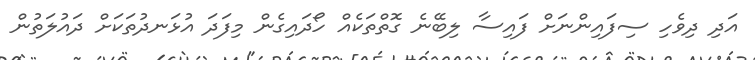
އަދި ދިވެހި ސިފައިންނަށް ފައިސާ ލިބޭނެ ގޮތްތަކެއް ހޯދައިގެން މިފަދަ އުޅަނދުތަކަށް ދައުލަތުން